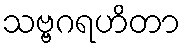
သဗ္ဗဂရဟိတာ